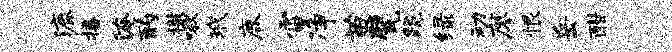
漉播淹酌檄啾玳鹿雷净苗甓跪绿动廖恨岳酣